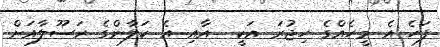
ފަހެ އެ މީހެއްގެ ހިޖުރަ އަކީ  އާއި އެ ކަލާންގެ ރަސޫލާއަށް